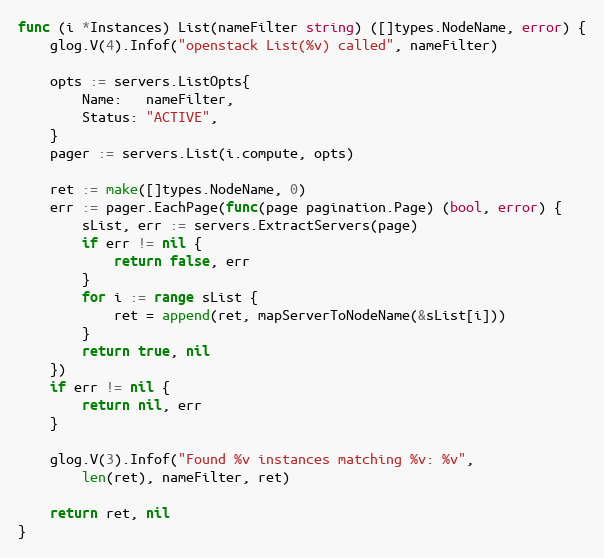
Language: Go
func (i *Instances) List(nameFilter string) ([]types.NodeName, error) {
	glog.V(4).Infof("openstack List(%v) called", nameFilter)

	opts := servers.ListOpts{
		Name:   nameFilter,
		Status: "ACTIVE",
	}
	pager := servers.List(i.compute, opts)

	ret := make([]types.NodeName, 0)
	err := pager.EachPage(func(page pagination.Page) (bool, error) {
		sList, err := servers.ExtractServers(page)
		if err != nil {
			return false, err
		}
		for i := range sList {
			ret = append(ret, mapServerToNodeName(&sList[i]))
		}
		return true, nil
	})
	if err != nil {
		return nil, err
	}

	glog.V(3).Infof("Found %v instances matching %v: %v",
		len(ret), nameFilter, ret)

	return ret, nil
}